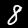
Label: 8